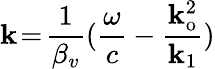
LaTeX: \mathbf{k}\! =\! \frac{{1}}{{\beta_{v}}}(\frac{{\omega}}{{c}}-\frac{{\mathbf{k}_{\mathrm{{o}}}^{2}}}{{\mathbf{k}_{1}}})